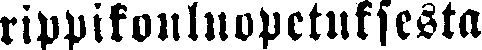
rippikouluopetuksesta